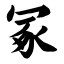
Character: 冢